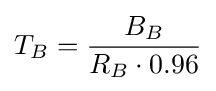
T_{B}={\frac {B_{B}}{R_{B}\cdot 0.96}}